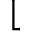
\lfloor